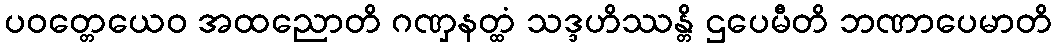
ပဝတ္တေယေဝ အထညောတိ ဂဏှနတ္ထံ သဒ္ဒဟိဿန္တိ ဌပေမီတိ ဘဏာပေမာတိ